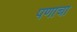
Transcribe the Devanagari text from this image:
पणाचा